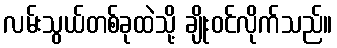
လမ်းသွယ်တစ်ခုထဲသို့ ချိုးဝင်လိုက်သည်။